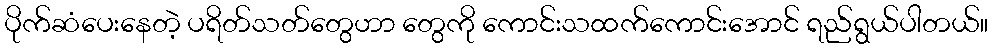
ပိုက်ဆံပေးနေတဲ့ ပရိတ်သတ်တွေဟာ တွေကို ကောင်းသထက်ကောင်းအောင် ရည်ရွယ်ပါတယ်။